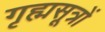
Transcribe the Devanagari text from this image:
गृह्मसूत्रों